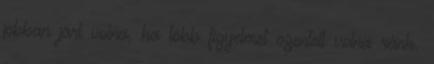
jobban járt volna, ha több figyelmet szentelt volna ránk.